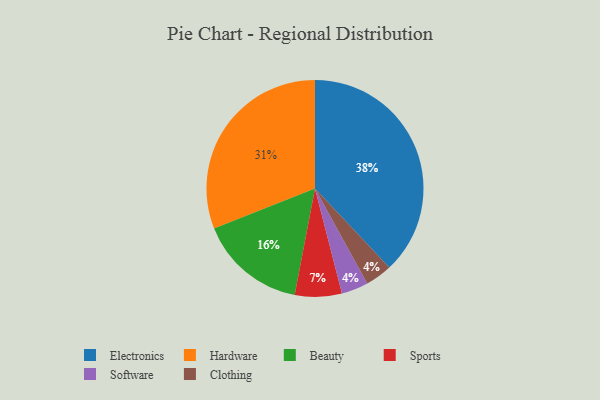
{"axis": {"x": "Category", "y": "Percentage"}, "legend": ["Beauty", "Clothing", "Electronics", "Hardware", "Software", "Sports"], "data": [{"x": "Hardware", "y": 31, "type": "Hardware"}, {"x": "Software", "y": 4, "type": "Software"}, {"x": "Clothing", "y": 4, "type": "Clothing"}, {"x": "Electronics", "y": 38, "type": "Electronics"}, {"x": "Sports", "y": 7, "type": "Sports"}, {"x": "Beauty", "y": 16, "type": "Beauty"}]}